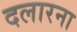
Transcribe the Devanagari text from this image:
दलारना